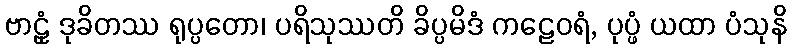
ဗာဠှံ ဒုခိတဿ ရုပ္ပတော၊ ပရိသုဿတိ ခိပ္ပမိဒံ ကဠေဝရံ, ပုပ္ဖံ ယထာ ပံသုနိ